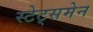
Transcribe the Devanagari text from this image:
स्टेट्समेन